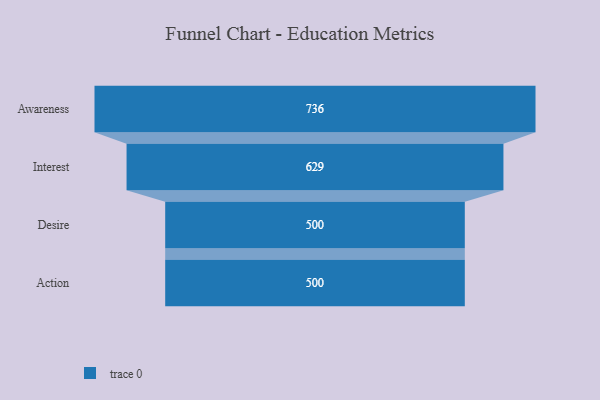
{"axis": {"x": "Stage", "y": "Value"}, "legend": [""], "data": [{"x": "Awareness", "y": 736.0, "type": ""}, {"x": "Interest", "y": 629.0, "type": ""}, {"x": "Desire", "y": 500, "type": ""}, {"x": "Action", "y": 500, "type": ""}]}